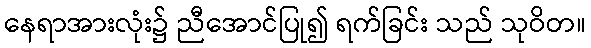
နေရာအားလုံး၌ ညီအောင်ပြု၍ ရက်ခြင်း သည် သုဝိတ။